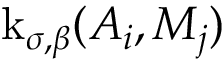
\operatorname { k } _ { \sigma , \beta } ( A _ { i } , M _ { j } )